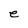
Character: e